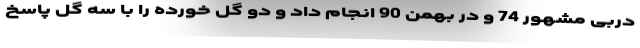
دربی مشهور 74 و در بهمن 90 انجام داد و دو گل خورده را با سه گل پاسخ